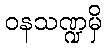
ဝနသဏ္ဍမှိ